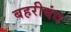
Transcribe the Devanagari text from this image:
बहरीबंध